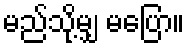
မည်သို့မျှ မပြော။